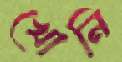
খোনি